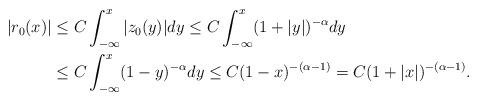
LaTeX: \begin{align*}|r_{0}(x)|&\le C\int_{-\infty}^{x}|z_{0}(y)|dy\le C\int_{-\infty}^{x}(1+|y|)^{-\alpha}dy \\&\le C\int_{-\infty}^{x}(1-y)^{-\alpha}dy\le C(1-x)^{-(\alpha-1)}=C(1+|x|)^{-(\alpha-1)}. \end{align*}